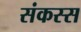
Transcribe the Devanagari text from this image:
संकस्स